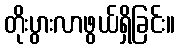
တိုးပွားလာဖွယ်ရှိခြင်း။